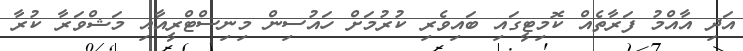
އަދި އާއްމު ފަރާތެއް ކޮމިޓީގައި ބައިވެރި ކުރުމަށް ހައުސިން މިނިސްޓްރީއާއި މަޝްވަރާ ކުރާ